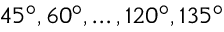
4 5 ^ { \circ } , 6 0 ^ { \circ } , \ldots , 1 2 0 ^ { \circ } , 1 3 5 ^ { \circ }